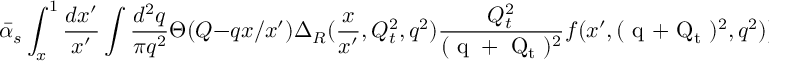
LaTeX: \bar { \alpha } _ { s } \int _ { x } ^ { 1 } { \frac { d x ^ { \prime } } { x ^ { \prime } } } \int { \frac { d ^ { 2 } q } { \pi q ^ { 2 } } } \Theta ( Q - q x / x ^ { \prime } ) \Delta _ { R } ( { \frac { x } { x ^ { \prime } } } , Q _ { t } ^ { 2 } , q ^ { 2 } ) { \frac { Q _ { t } ^ { 2 } } { ( \mathrm { \boldmath ~ q ~ } + \mathrm { \boldmath ~ Q _ { t } ~ } ) ^ { 2 } } } f ( x ^ { \prime } , ( \mathrm { \boldmath ~ q ~ } + \mathrm { \boldmath ~ Q _ { t } ~ } ) ^ { 2 } , q ^ { 2 } ) )